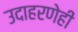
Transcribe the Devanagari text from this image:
उदाहरणेही